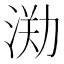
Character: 𣷃